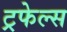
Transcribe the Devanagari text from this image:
ट्रफेल्स